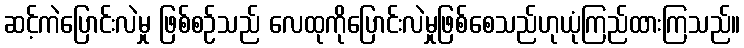
ဆင့်ကဲပြောင်းလဲမှု ဖြစ်စဉ်သည် လေထုကိုပြောင်းလဲမှုဖြစ်စေသည်ဟုယုံကြည်ထားကြသည်။